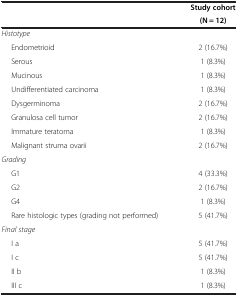
<table><thead><tr><td rowspan="2">[EMPTY_CELL]</td><td><b>Study cohort</b></td></tr><tr><td><b>(N = 12)</b></td></tr></thead><tbody><tr><td><i>Histotype</i></td><td>[EMPTY_CELL]</td></tr><tr><td>Endometrioid</td><td>2 (16.7%)</td></tr><tr><td>Serous</td><td>1 (8.3%)</td></tr><tr><td>Mucinous</td><td>1 (8.3%)</td></tr><tr><td>Undifferentiated carcinoma</td><td>1 (8.3%)</td></tr><tr><td>Dysgerminoma</td><td>2 (16.7%)</td></tr><tr><td>Granulosa cell tumor</td><td>2 (16.7%)</td></tr><tr><td>Immature teratoma</td><td>1 (8.3%)</td></tr><tr><td>Malignant struma ovarii</td><td>2 (16.7%)</td></tr><tr><td><i>Grading</i></td><td>[EMPTY_CELL]</td></tr><tr><td>G1</td><td>4 (33.3%)</td></tr><tr><td>G2</td><td>2 (16.7%)</td></tr><tr><td>G4</td><td>1 (8.3%)</td></tr><tr><td>Rare histologic types (grading not performed)</td><td>5 (41.7%)</td></tr><tr><td><i>Final stage</i></td><td>[EMPTY_CELL]</td></tr><tr><td>I a</td><td>5 (41.7%)</td></tr><tr><td>I c</td><td>5 (41.7%)</td></tr><tr><td>II b</td><td>1 (8.3%)</td></tr><tr><td>III c</td><td>1 (8.3%)</td></tr></tbody></table>